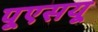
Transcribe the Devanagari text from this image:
पूएसयू